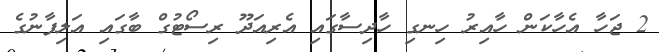
2 ޖަހާ އެހާކަން ހާއިރު ހިނގި ހާދިސާގައި އެރިއަދޫ ރިސޯޓުގް ބާގައި އަލިފާނުގެ